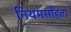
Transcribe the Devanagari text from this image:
नियमसंहिता